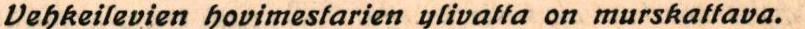
Vehkeilevien hovimestarien ylivatta on murskattava.